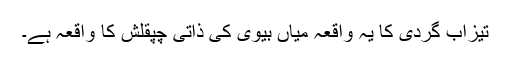
تیزاب گردی کا یہ واقعہ میاں بیوی کی ذاتی چپقلش کا واقعہ ہے۔